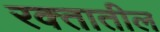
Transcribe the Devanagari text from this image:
रक्‍तातील